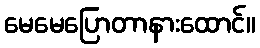
မေမေပြောတာနားထောင်။